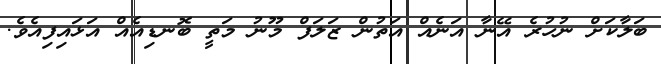
ބަލާކަށް ނުހުރެ އޭނާ އަނެއް އަތުން ޒަލަފް މޫނު މަތީ ބޮނޑިއެއް އަޅައިފިއެވެ.